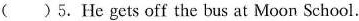
( ) 5.He gets off the bus at Moon School.